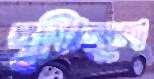
দৃষ্টিমেলা